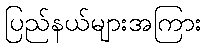
ပြည်နယ်များအကြား